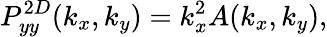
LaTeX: P_{yy}^{2D}(k_{x},k_{y})=k_{x}^{2}A(k_{x},k_{y}),